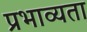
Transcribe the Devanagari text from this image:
प्रभाव्यता